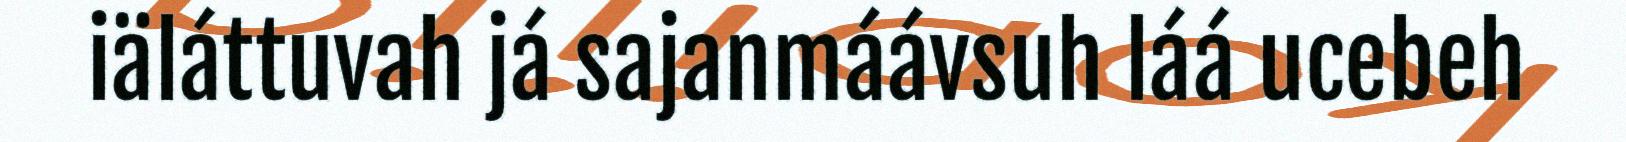
iäláttuvah já sajanmáávsuh láá ucebeh